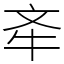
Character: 𣁄